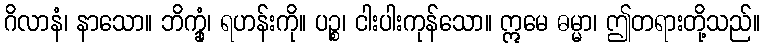
ဂိလာနံ၊ နာသော။ ဘိက္ခုံ၊ ရဟန်းကို။ ပဉ္စ၊ ငါးပါးကုန်သော။ ဣမေ ဓမ္မာ၊ ဤတရားတို့သည်။